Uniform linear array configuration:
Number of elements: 48
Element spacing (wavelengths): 0.75
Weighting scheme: hamming
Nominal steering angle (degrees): -15
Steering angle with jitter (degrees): -15.243
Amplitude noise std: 0.05
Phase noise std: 0.05

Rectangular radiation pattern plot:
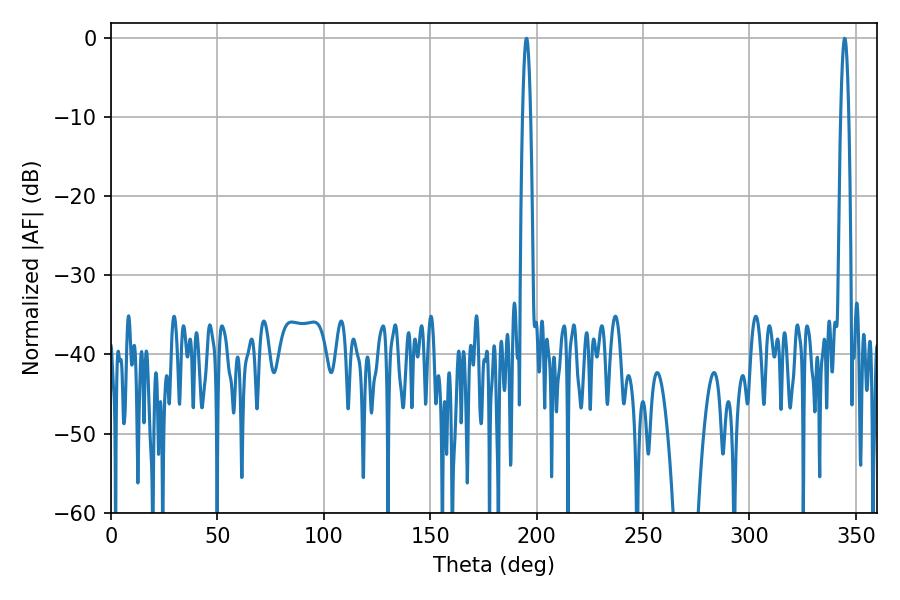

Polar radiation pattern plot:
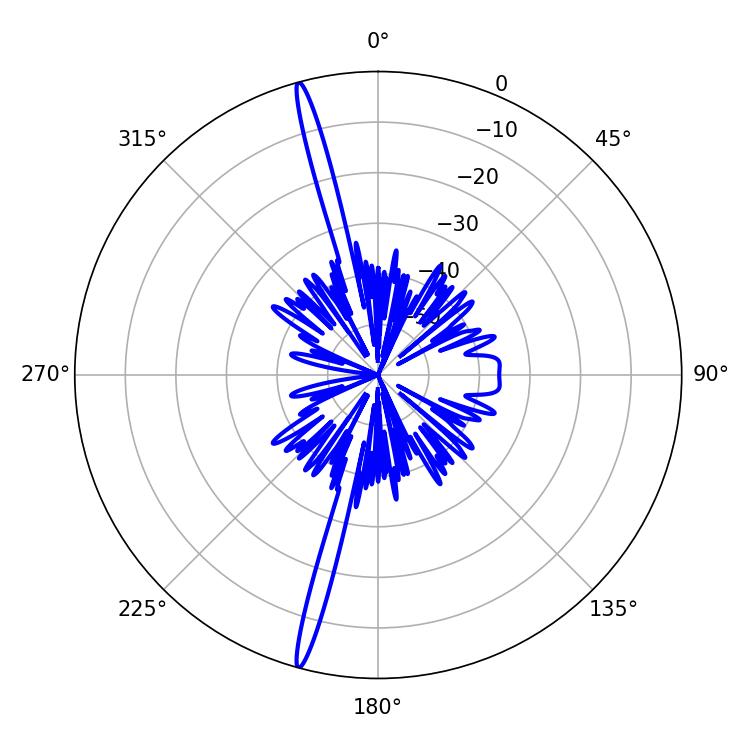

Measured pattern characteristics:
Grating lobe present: TRUE
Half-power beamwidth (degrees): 1.98
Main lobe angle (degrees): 344.7